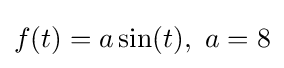
f(t)=a\sin(t),\ a=8